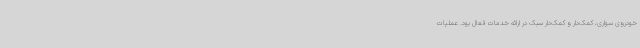
خودروی سواری، کمک‌دار و کمک‌دار سبک در ارائه خدمات فعال بود. عملیات